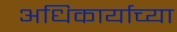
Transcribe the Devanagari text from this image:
अधिकार्याच्या